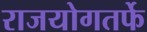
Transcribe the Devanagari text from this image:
राजयोगतर्फे